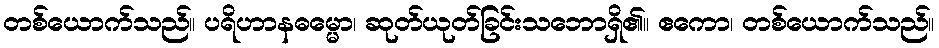
တစ်ယောက်သည်။ ပရိဟာနဓမ္မော၊ ဆုတ်ယုတ်ခြင်းသဘောရှိ၏။ ဧကော၊ တစ်ယောက်သည်။